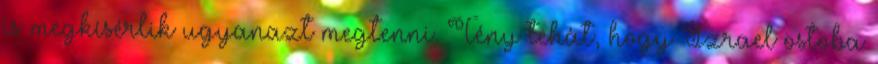
is megkísérlik ugyanazt megtenni. Tény tehát, hogy Izrael ostoba